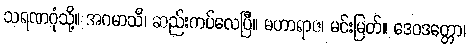
သရဏဂုံသို့။ အဂမာသိ၊ ဆည်းကပ်လေပြီ။ မဟာရာဇ၊ မင်းမြတ်။ ဒေဝဒတ္တော၊